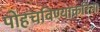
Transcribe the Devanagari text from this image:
पोहचविण्याकरिता